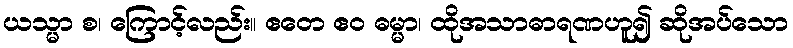
ယသ္မာ စ၊ ကြောင့်လည်း။ ဧတေ ဧဝ ဓမ္မာ၊ ထိုအသာဓာရဏဟူ၍ ဆိုအပ်သော